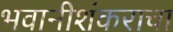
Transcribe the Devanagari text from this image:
भवानीशंकराचा